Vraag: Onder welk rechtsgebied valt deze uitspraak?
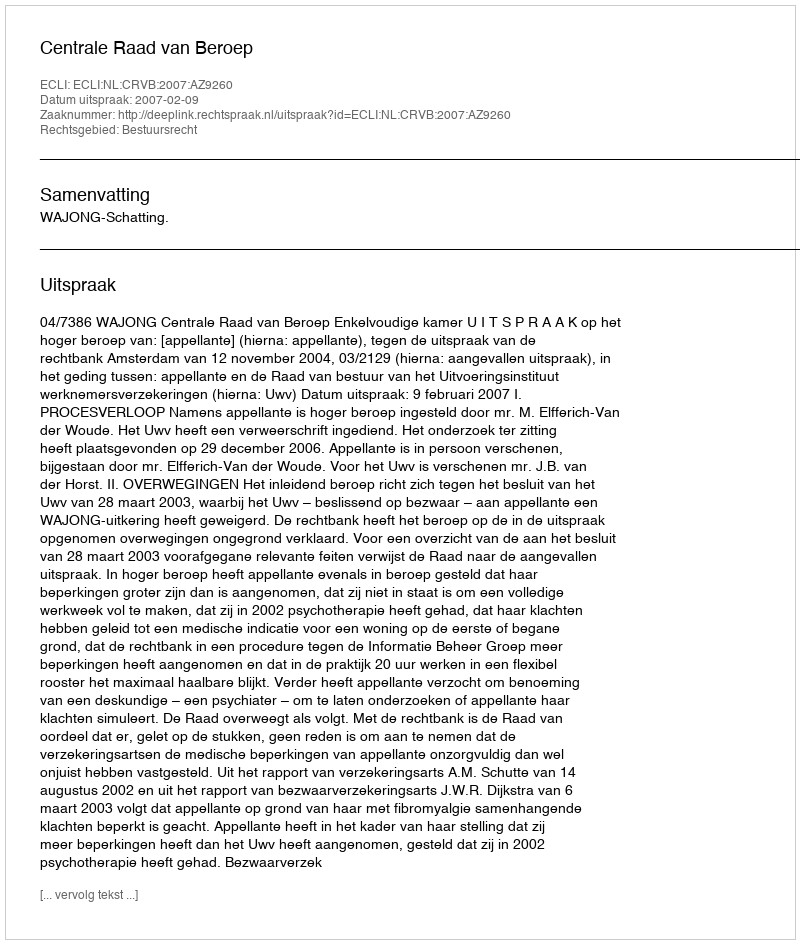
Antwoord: Bestuursrecht